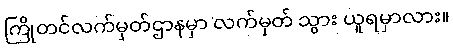
ကြိုတင်လက်မှတ်ဌာနမှာ လက်မှတ် သွား ယူရမှာလား။